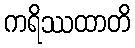
ကရိဿထာတိ